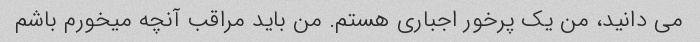
می دانید، من یک پرخور اجباری هستم. من باید مراقب آنچه میخورم باشم